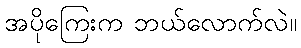
အပိုကြေးက ဘယ်လောက်လဲ။